Rangoon Lunatic Asylum 1878-1892 - 1878-1892
Year: 1878
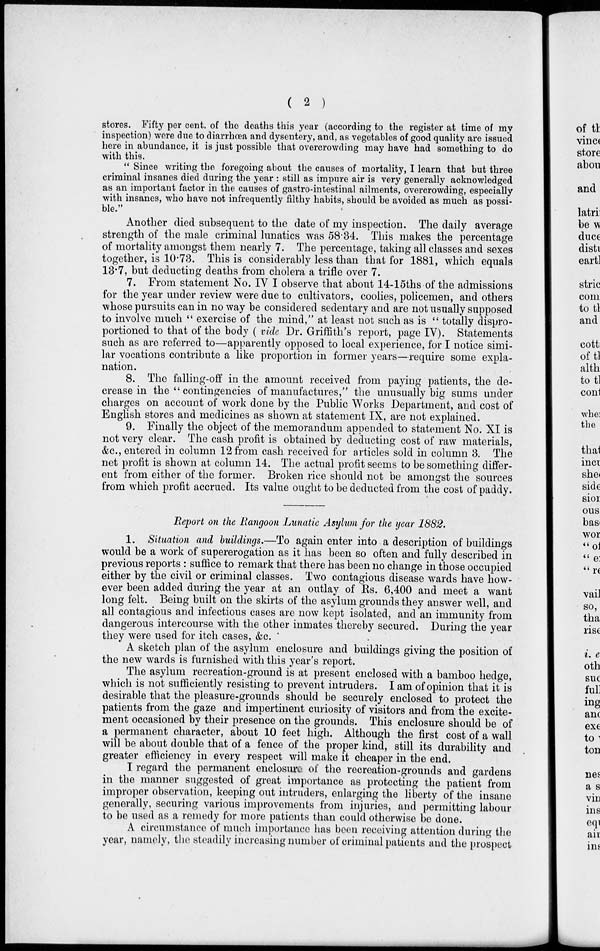
( 2 )
stores. Fifty per cent. of the deaths this year (according to the register at time of my
inspection) were due to diarrhœa and dysentery, and, as vegetables of good quality are issued
here in abundance, it is just possible that overcrowding may have had something to do
with this.
" Since writing the foregoing about the causes of mortality, I learn that but three
criminal insanes died during the year : still as impure air is very generally acknowledged
as an important factor in the causes of gastro-intestinal ailments, overcrowding, especially
with insanes, who have not infrequently filthy habits, should be avoided as much as possi-
ble."
Another died subsequent to the date of my inspection. The daily average
strength of the male criminal lunatics was 58.34. This makes the percentage
of mortality amongst them nearly 7. The percentage, taking all classes and sexes
together, is 10.73. This is considerably less than that for 1881, which equals
13.7, but deducting deaths from cholera a trifle over 7.
7. From statement No. IV I observe that about 14-15ths of the admissions
for the year under review were due to cultivators, coolies, policemen, and others
whose pursuits can in no way be considered sedentary and are not usually supposed
to involve much " exercise of the mind,'' at least not such as is " totally dispro-
portioned to that of the body ( vide Dr. Griffith's report, page IV). Statements
such as are referred to—apparently opposed to local experience, for I notice simi-
lar vocations contribute a like proportion in former years—require some expla-
nation.
8. The falling-off in the amount received from paying patients, the de-
crease in the " contingencies of manufactures," the unusually big sums under
charges on account of work done by the Public Works Department, and cost of
English stores and medicines as shown at statement IX, are not explained.
9. Finally the object of the memorandum appended to statement No. XI is
not very clear. The cash profit is obtained by deducting cost of raw materials,
&c., entered in column 12 from cash received for articles sold in column 3. The
net profit is shown at column 14. The actual profit seems to be something differ-
ent from either of the former. Broken rice should not be amongst the sources
from which profit accrued. Its value ought to be deducted from the cost of paddy.
Report on the Rangoon Lunatic Asylum for the year 1882.
1. Situation and buildings.—To again enter into a description of buildings
would be a work of supererogation as it has been so often and fully described in
previous reports : suffice to remark that there has been no change in those occupied
either by the civil or criminal classes. Two contagious disease wards have how-
ever been added during the year at an outlay of Rs. 6,400 and meet a want
long felt. Being built on the skirts of the asylum grounds they answer well, and
all contagious and infectious cases are now kept isolated, and an immunity from
dangerous intercourse with the other inmates thereby secured. During the year
they were used for itch cases, &c.
A sketch plan of the asylum enclosure and buildings giving the position of
the new wards is furnished with this year's report.
The asylum recreation-ground is at present enclosed with a bamboo hedge,
which is not sufficiently resisting to prevent intruders. I am of opinion that it is
desirable that the pleasure-grounds should be securely enclosed to protect the
patients from the gaze and impertinent curiosity of visitors and from the excite-
ment occasioned by their presence on the grounds. This enclosure should be of
a permanent character, about 10 feet high. Although the first cost of a wall
will be about double that of a fence of the proper kind, still its durability and
greater efficiency in every respect will make it cheaper in the end.
I regard the permanent enclosure of the recreation-grounds and gardens
in the manner suggested of great importance as protecting the patient from
improper observation, keeping out intruders, enlarging the liberty of the insane
generally, securing various improvements from injuries, and permitting labour
to be used as a remedy for more patients than could otherwise be done.
A circumstance of much importance has been receiving attention during the
year, namely, the steadily increasing number of criminal patients and the prospect